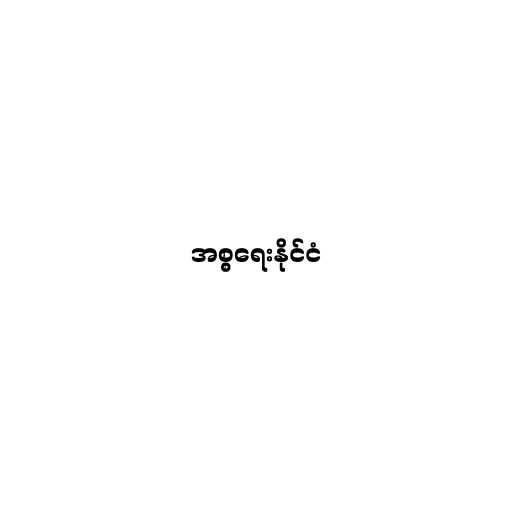
အစ္စရေးနိုင်ငံ